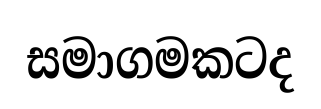
සමාගමකටද